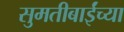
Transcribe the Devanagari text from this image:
सुमतीबाईंच्या